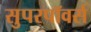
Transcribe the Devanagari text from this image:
सुपरपॉवर्स